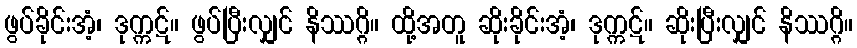
ဖွပ်ခိုင်းအံ့၊ ဒုက္ကဋ်။ ဖွပ်ပြီးလျှင် နိဿဂ္ဂိ။ ထို့အတူ ဆိုးခိုင်းအံ့၊ ဒုက္ကဋ်။ ဆိုးပြီးလျှင် နိဿဂ္ဂိ။